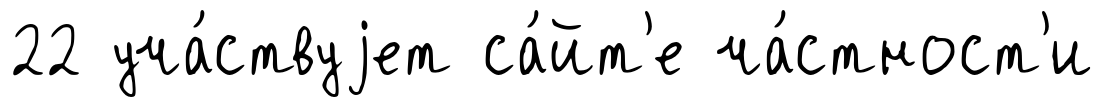
22 уча́ствуjет са́йт'е ча́стност'и